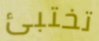
تختبئ